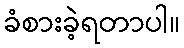
ခံစားခဲ့ရတာပါ။